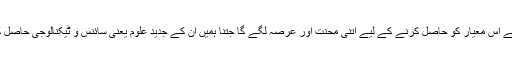
گوروں کو شکم سیری کے اس معیار کو حاصل کرنے کے لیے اتنی محنت اور عرصہ لگے گا جتنا ہمیں ان کے جدید علوم یعنی سائنس و ٹیکنالوجی حاصل کرنے اور سیکھنے میں۔